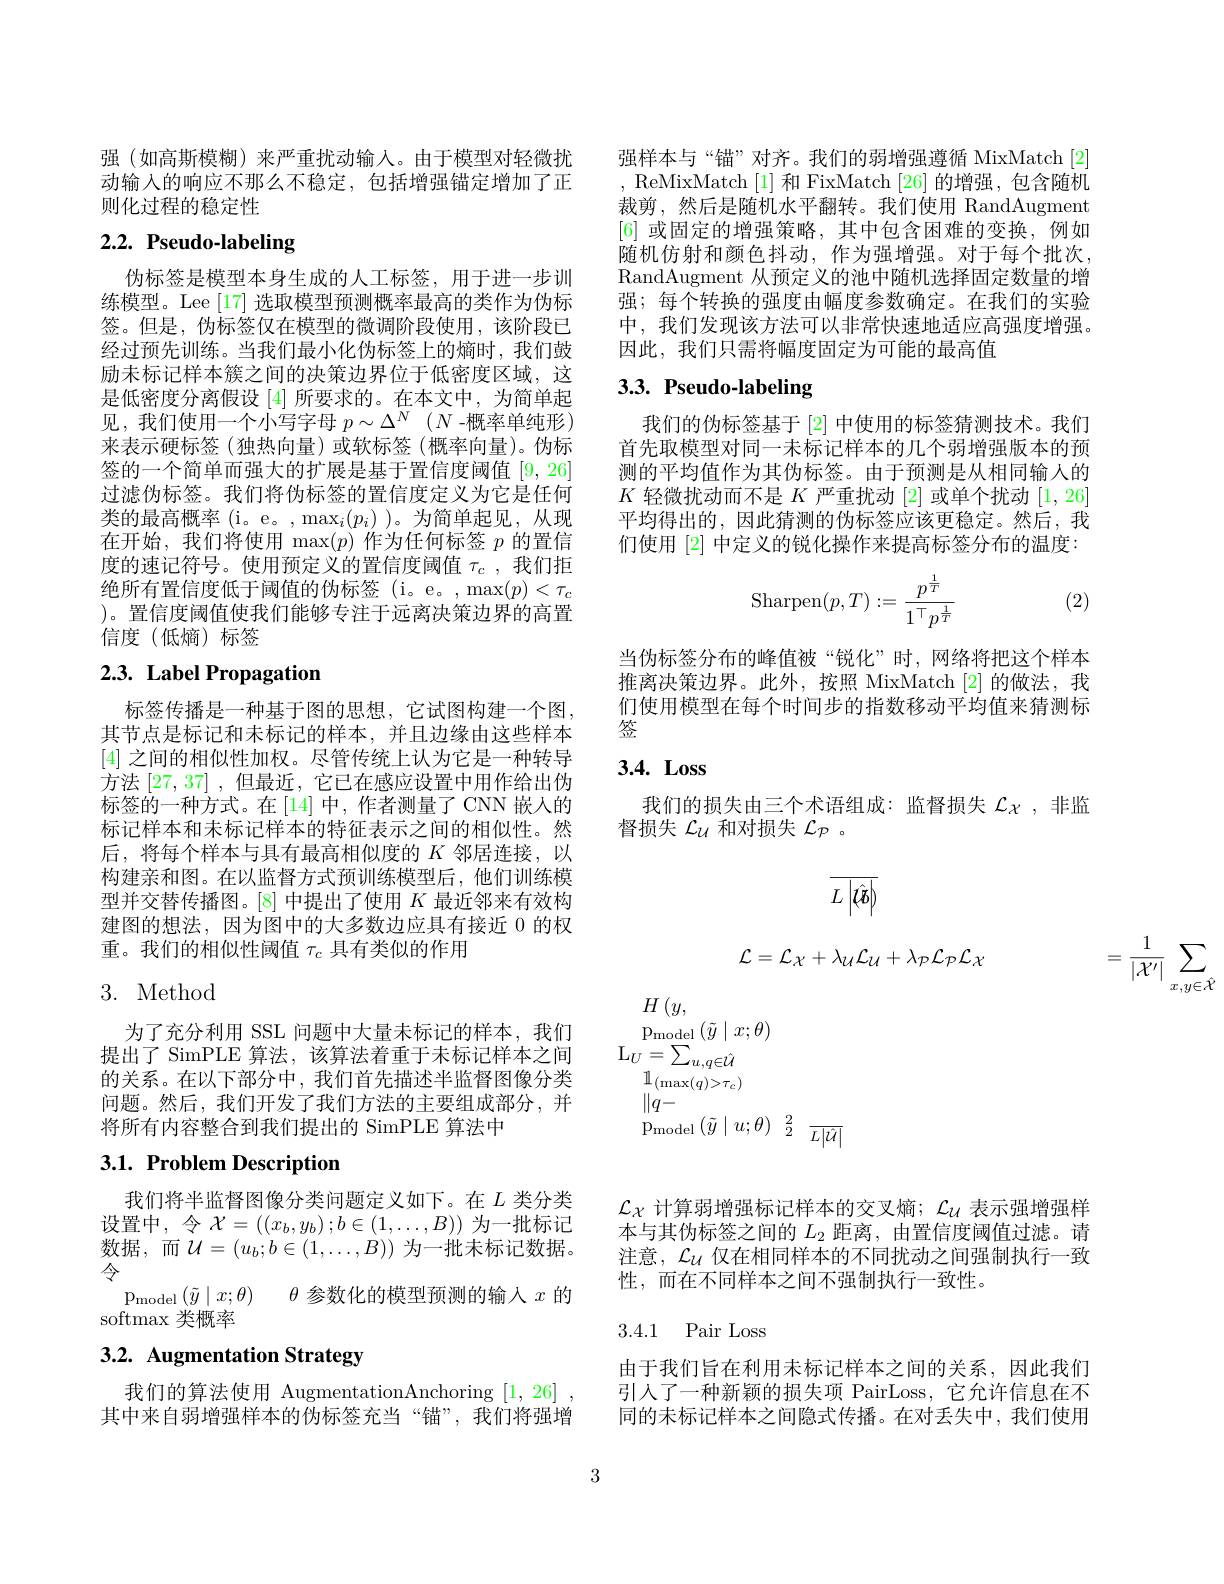
强 (如高斯模糊)来严重扰动输入。由于模型对轻微扰动输入的响应不那么不稳定，包括增强锚定增加了正则化过程的稳定性

# 2.2. Pseudo-labeling

伪标签是模型本身生成的人工标签，用于进一步训练模型。Lee [17]选取模型预测概率最高的类作为伪标签。但是，伪标签仅在模型的微调阶段使用，该阶段已经过预先训练。当我们最小化伪标签上的熵时，我们鼓励未标记样本簇之间的决策边界位于低密度区域，这是低密度分离假设[4]所要求的。在本文中，为简单起见，我们使用一个小写字母$p\sim \Delta ^N$ $( N$ -概率单纯形) 来表示硬标签(独热向量)或软标签(概率向量)。伪标签的一个简单而强大的扩展是基于置信度阈值[9,26] 过滤伪标签。我们将伪标签的置信度定义为它是任何类的最高概率(i。e。,$\max_i(p_i)$ )。为简单起见，从现在开始，我们将使用$\max(p)$作为任何标签$p$的置信度的速记符号。使用预定义的置信度阈值$\tau_c$,我们拒绝所有置信度低于阈值的伪标签(i。e。,$\max(p)<\tau_c$ )。置信度阈值使我们能够专注于远离决策边界的高置信度(低熵)标签

# 2.3. Label Propagation

标签传播是一种基于图的思想，它试图构建一个图， 其节点是标记和末标记的样本，并且边缘由这些样本[4]之间的相似性加权。尽管传统上认为它是一种转导方法[27,37] ,但最近 , 它已在感应设置中用作给出伪标签的一种方式。在[14]中，作者测量了CNN 嵌人的标记样本和未标记样本的特征表示之间的相似性。然后，将每个样本与具有最高相似度的$K$邻居连接，以构建亲和图。在以监督方式预训练模型后，他们训练模型并交替传播图。[8] 中提出了使用$K$最近邻来有效构建图的想法，因为图中的大多数边应具有接近 0 的权重。我们的相似性阈值$\tau_c$具有类似的作用

## 3. Method

为了充分利用 SSL 问题中大量未标记的样本，我们提出了 SimPLE 算法，该算法着重于未标记样本之间的关系。在以下部分中，我们首先描述半监督图像分类问题。然后，我们开发了我们方法的主要组成部分，并将所有内容整合到我们提出的 SimPLE 算法中

## 3.1. Problem Description

我们将半监督图像分类问题定义如下。在$L$类分类设置中，令$\mathcal{X}=((x_b,y_b);b\in(1,\ldots,B))$ 为一批标记令
$p_model\left ( \tilde{y} \mid x; \theta \right )$ $\theta$参数化的模型预测的输入$x$ 的
softmax 类概率

# 3.2. Augmentation Strategy

我们的算法使用 AugmentationAnchoring [1,26] 其中来自弱增强样本的伪标签充当“锚”,我们将强增

强样本与“锚”对齐。我们的弱增强遵循 MixMatch[2] ,ReMixMatch[1]和 FixMatch[26]的增强，包含随机裁剪，然后是随机水平翻转。我们使用 RandAugment [6]或固定的增强策略，其中包含困难的变换，例如随机仿射和颜色抖动，作为强增强。对于每个批次， RandAugment 从预定义的池中随机选择固定数量的增强；每个转换的强度由幅度参数确定。在我们的实验中，我们发现该方法可以非常快速地适应高强度增强。因此，我们只需将幅度固定为可能的最高值

# 3.3. Pseudo-labeling

我们的伪标签基于 [2] 中使用的标签猜测技术。我们首先取模型对同一未标记样本的几个弱增强版本的预测的平均值作为其伪标签。由于预测是从相同输人的$K$轻微扰动而不是$K$严重扰动 [2]或单个扰动 [1,26] 平均得出的，因此猜测的伪标签应该更稳定。然后，我们使用[2]中定义的锐化操作来提高标签分布的温度：
$$\mathrm{Sharpen}(p,T):=\frac{p^{\frac{1}{T}}}{1^\top p^{\frac{1}{T}}}$$
(2)

当伪标签分布的峰值被“锐化”时，网络将把这个样本推离决策边界。此外，按照 MixMatch [2]的做法，我们使用模型在每个时间步的指数移动平均值来猜测标签

# 3.4. Loss

我们的损失由三个术语组成：监督损失$\mathcal{L}_{\mathcal{X}}$,非监
督损失$\mathcal{L}_U$和对损失$\mathcal{L}_P$ 。
$$\overline{L\left|\hat{\psi}\hat{b}\right|}$$
$\mathcal{L}=\mathcal{L}_{\mathcal{X}}+\lambda_{\mathcal{U}}\mathcal{L}_{\mathcal{U}}+\lambda_{\mathcal{P}}\mathcal{L}_{\mathcal{P}}\mathcal{L}_{\mathcal{X}}$

$H\left(y,\right.$
$p_model\left ( \tilde{y} \mid x; \theta \right )$
$\mathrm{L}_{U}=\sum_{u,q\in\hat{\mathcal{U}}}$
$1_{(\max(q)>\tau_c)}$
$\|q-$
$\begin{array}{ccc}{\mathrm{Pmodel}}\left(\tilde{y}\mid u;\theta\right)&{2}\\\end{array}\frac{2}{L|\hat{U}|}$
$$=\frac{1}{|\mathcal{X'}|}\sum_{x,y\in\hat{\mathcal{X}}}$$
$\mathcal{L}_{\mathcal{X}}$计算弱增强标记样本的交叉熵；$\mathcal{L}_{\mathcal{U}}$表示强增强样本与其伪标签之间的$L_{2}$距离，由置信度阈值过滤。请注意，$\mathcal{L}_{\mathcal{U}}$仅在相同样本的不同扰动之间强制执行一致性，而在不同样本之间不强制执行一致性。

## 3.4.1 Pair Loss

由于我们旨在利用未标记样本之间的关系，因此我们引人了一种新颖的损失项 PairLoss, 它允许信息在不同的未标记样本之间隐式传播。在对丢失中，我们使用

3